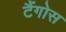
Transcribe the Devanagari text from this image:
टैंगोस